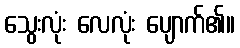
သွေးလုံး လေလုံး ပျောက်၏။